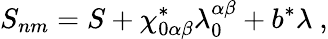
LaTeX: S_{nm}=S+\chi_{0\alpha\beta}^{*}\lambda_{0}^{\alpha\beta}+b^{*}\lambda\ ,